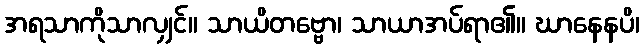
အရသာကိုသာလျှင်။ သာယိတဗ္ဗော၊ သာယာအပ်ရာ၏။ ဃာနေနပိ၊